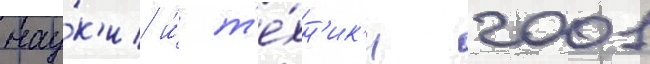
нау́к'и и́ т'е́хн'ик'и 2001